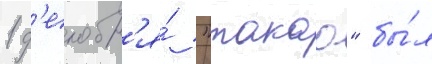
1 д'екабр'я́ "такао" бы́л